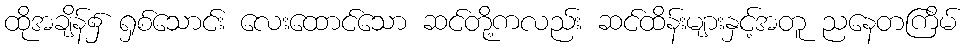
ထိုအချိန်၌ ရှစ်သောင်း လေးထောင်သော ဆင်တို့ကလည်း ဆင်ထိန်းများနှင့်အတူ ညနေတကြိမ်